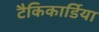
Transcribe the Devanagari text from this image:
टैकिकार्डिया